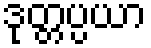
ဒုတ္တပ္ပယာ